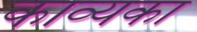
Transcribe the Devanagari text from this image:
काव्यका